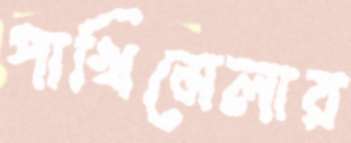
পাখিমেলার